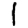
Digit: 1